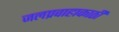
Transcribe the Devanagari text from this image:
जलप्रवाहाकाठी